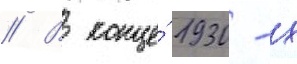
// В конце́ 1930-х